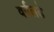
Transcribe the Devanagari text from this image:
वर्गलढे